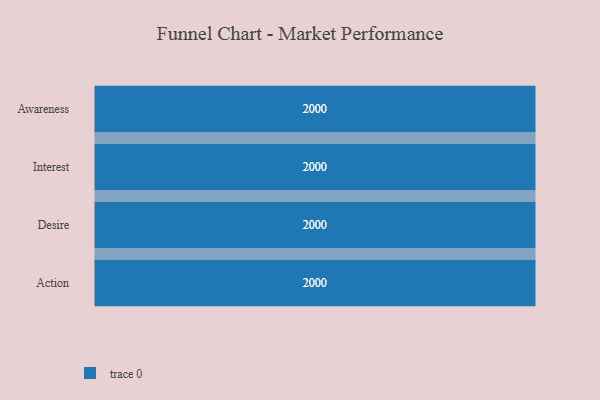
{"axis": {"x": "Stage", "y": "Value"}, "legend": [""], "data": [{"x": "Awareness", "y": 2000, "type": ""}, {"x": "Interest", "y": 2000, "type": ""}, {"x": "Desire", "y": 2000, "type": ""}, {"x": "Action", "y": 2000, "type": ""}]}